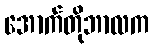
အောက်တိုဘာလက